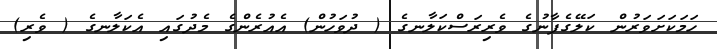
ހަމަކަށަވަރުން ކަލޭގެފާނުގެ ވެރިރަސްކަލާނގެ ( ދުވަހުން) އެއުރެންގެ މެދުގައި އެކަލާނގެ ( ވެރި)